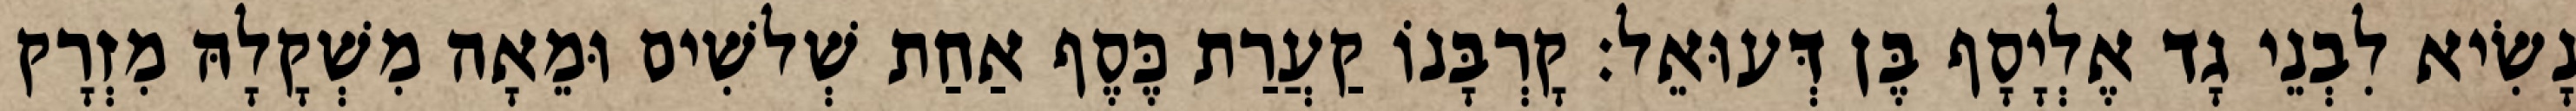
נָשִׂיא לִבְנֵי גָד אֶלְיָסָף בֶּן דְּעוּאֵל׃ קָרְבָּנוֹ קַעֲרַת כֶּסֶף אַחַת שְׁלשִׁים וּמֵאָה מִשְׁקָלָהּ מִזְרָק